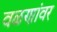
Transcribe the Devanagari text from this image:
वळणांवर